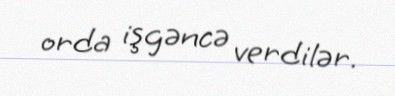
orda işgəncə verdilər.